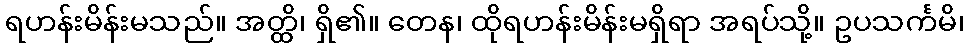
ရဟန်းမိန်းမသည်။ အတ္ထိ၊ ရှိ၏။ တေန၊ ထိုရဟန်းမိန်းမရှိရာ အရပ်သို့။ ဥပသင်္ကမိ၊